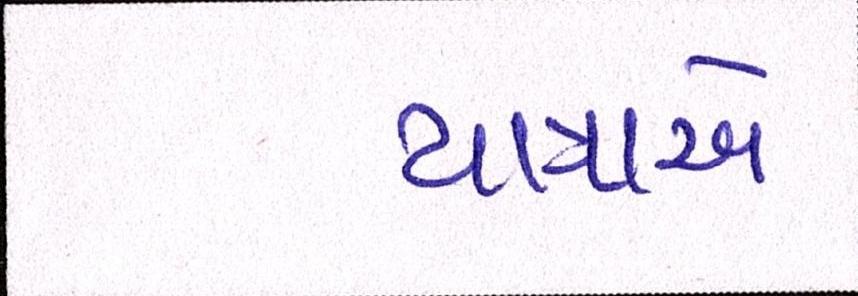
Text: યાત્રાએ